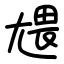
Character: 㞇